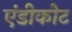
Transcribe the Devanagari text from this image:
एंडीकोट